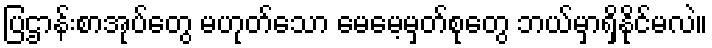
ပြဌာန်းစာအုပ်တွေ မဟုတ်သော မေမေ့မှတ်စုတွေ ဘယ်မှာရှိနိုင်မလဲ။